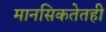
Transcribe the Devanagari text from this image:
मानसिकतेतही